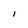
Character: I